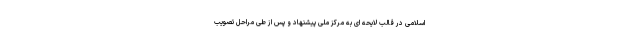
اسلامی در قالب لایحه ای به مرکز ملی پیشنهاد و پس از طی مراحل تصویب